Vaccination United Provinces of Agra and Oudh 1902-1913 - 1902-1913
Year: 1902
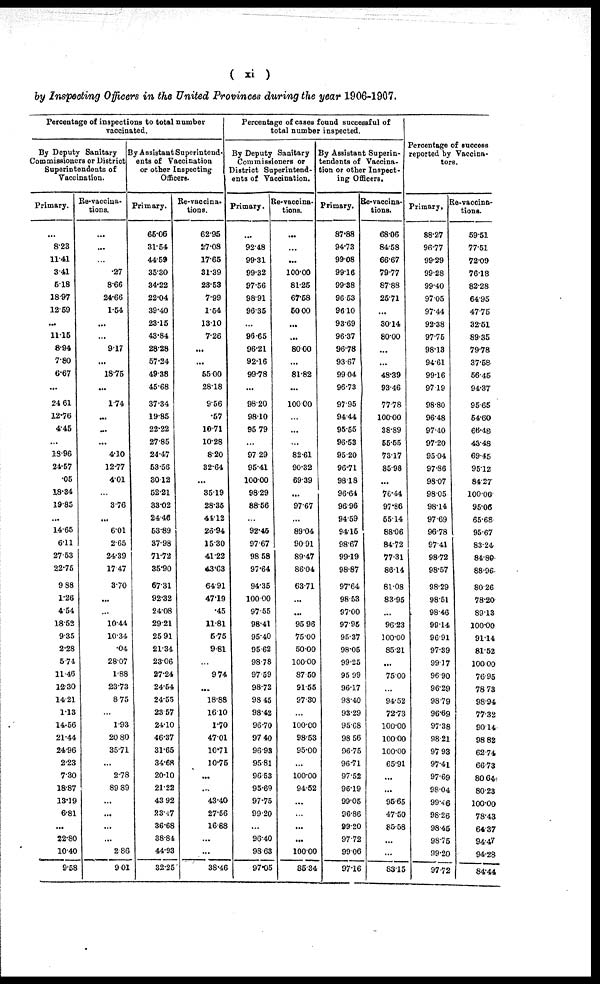
( xi )
by Inspecting Officers in the United Provinces during the year 1906-1907.
Percentage of inspections to total number
vaccinated.
By Deputy Sanitary
Commissioners or District
Superintendents of
Vaccination.
Primary.
...
8.23
11.41
3.41
5.18
18.97
12.59
...
11.15
8.94
7.80
6.67
...
24.61
12.76
4.45
...
18.96
24.57
.05
18.34
19.85
...
14.65
6.11
27.53
22.75
9.88
1.26
4.54
18.52
9.35
2.28
5.74
11.46
12.30
14.21
1.13
14.56
21.44
24.96
2.23
7.30
18.87
13.19
6.81
...
22.80
10.40
9.58
Re-vaccina-
tions.
...
...
...
.27
8.66
24.66
1.54
...
...
9.17
...
18.75
...
1.74
...
...
...
4.10
12.77
4.01
...
3.76
...
6.01
2.65
24.39
17.47
3.70
...
...
10.44
10.34
.04
28.07
1.88
23.73
8.75
...
1.93
20.80
35.71
...
2.78
89.89
...
...
...
...
2.86
9.01
By Assistant Superintend¬
ents of Vaccination
or other Inspecting
Officers.
Primary.
65.06
31.54
44.59
35.30
34.22
22.04
39.40
23.15
43.84
28.28
57.24
49.38
45.68
37.34
19.85
22.22
27.85
24.47
53.56
30.12
52.21
33.02
24.46
53.89
37.98
71.72
35.90
57.31
92.32
24.08
29.21
25.91
21.34
23.06
27.24
24.54
24.55
23.57
24.10
46.37
31.65
34.68
20.10
21.22
43.92
23.47
36.68
38.84
44.93
32.25
Re-vaccina¬
tions.
62.95
27.08
17.65
31.39
23.53
7.99
1.54
13.10
7.26
...
...
55.00
28.18
9.56
.57
10.71
10.28
8.20
32.64
...
35.19
28.35
44.12
26.94
15.30
41.22
43.63
64.91
47.19
.45
11.81
5.75
9.81
...
9.74
...
18.88
16.10
1.70
47.01
10.71
10.75
...
...
43.40
27.56
16.88
...
...
38.46
Percentage of cases found successful of
total number inspected.
By Deputy Sanitary
Commissioners or
District Superintend-
ents of Vaccination.
Primary.
...
92.48
99.31
99.32
97.56
98.91
96.35
...
96.65
96.21
92.16
99.78
...
98.20
98.10
95.79
...
97.29
95.41
100.00
98.29
88.56
...
92.45
97.67
98.58
97.64
94.35
100.00
97.55
98.41
95.40
95.62
98.78
97.59
98.72
98.45
98.42
96.70
97.40
96.93
95.81
96.53
95.69
97.75
99.20
...
96.40
98.63
97.05
Re-vaccina¬
tions.
...
...
...
100.00
81.25
67.58
50.00
...
...
80.00
...
81.82
...
100.00
...
...
...
82.61
90.32
69.39
...
97.67
...
89.04
90.91
89.47
86.04
63.71
...
...
95.96
75.00
50.00
100.00
87.50
91.55
97.30
...
100.00
98.53
95.00
...
100.00
94.52
...
...
...
...
100.00
85.34
By Assistant Superin¬
tendents of Vaccina-
tion or other Inspect-
ing Officers.
Primary.
87.88
94.73
99.08
99.16
99.38
96.53
96.10
93.69
96.37
96.78
93.67
99.04
96.73
97.95
94.44
95.55
96.53
95.20
96.71
98.18
96.64
96.96
94.59
94.15
98.67
99.19
98.87
97.64
98.53
97.00
97.95
95.37
98.05
99.25
95.99
96.17
98.40
93.29
95.68
98.56
96.75
96.71
97.52
96.19
99.05
96.86
99.20
97.72
99.06
97.16
Re-vaccina-
tions.
68.06
84.58
66.67
79.77
87.88
25.71
...
30.14
80.00
...
...
48.39
93.46
77.78
100.00
38.89
55.55
73.17
85.98
...
76.44
97.86
55.14
88.06
84.72
77.31
86.14
81.08
83.95
...
96.23
100.00
85.21
...
75.00
...
94.52
72.73
100.00
100.00
100.00
65.91
...
...
95.65
47.50
85.58
...
...
83.15
Percentage of success
reported by Vaccina¬
tors.
Primary.
88.27
96.77
99.29
99.28
99.40
97.05
97.44
92.38
97.75
98.13
94.61
99.16
97.19
98.80
96.48
97.40
97.20
95.04
97.86
98.07
98.05
98.14
97.69
96.78
97.41
98.72
98.57
98.29
98.51
98.46
99.14
96.91
97.39
99.17
96.90
96.29
98.79
96.69
97.38
98.21
97.93
97.41
97.69
98.04
99.46
98.26
98.45
98.75
99.20
97.72
Re-vaccina-
tions.
59.51
77.51
72.09
76.18
82.28
64.95
47.75
32.51
89.35
79.78
37.58
56.45
94.37
95.65
54.60
66.48
43.48
69.45
95.12
84.27
100.00
95.06
65.68
95.67
83.24
84.89
88.96
80.26
78.20
89.13
100.00
91.14
81.52
100.00
76.95
78.73
98.94
77.32
90.14
98.82
62.74
66.73
80.64
80.23
100.00
78.43
64.37
94.47
94.28
84.44